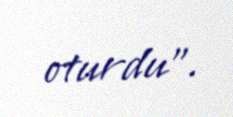
oturdu".